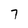
Character: 7